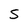
Character: S